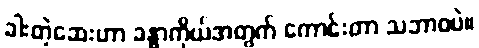
ခါးတဲ့ဆေးဟာ ခန္ဓာကိုယ်အတွက် ကောင်းတာ သဘာဝပဲ။